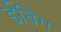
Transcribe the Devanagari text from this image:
ईविग